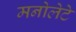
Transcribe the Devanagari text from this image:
मनोलेटे